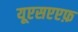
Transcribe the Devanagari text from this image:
यूएसएएफ़